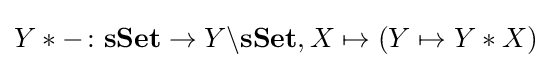
Y*-\colon \mathbf {sSet} \rightarrow Y\backslash \mathbf {sSet} ,X\mapsto (Y\mapsto Y*X)